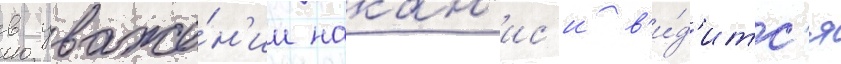
в уваже́н'ии накан'ис'и в'и́д'итс'я